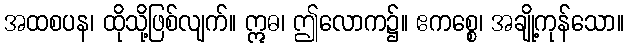
အထစပန၊ ထိုသို့ဖြစ်လျက်။ ဣဓ၊ ဤလောက၌။ ဧကစ္စေ၊ အချို့ကုန်သော။